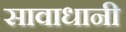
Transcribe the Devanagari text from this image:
सावाधानी